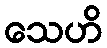
သေဟိ